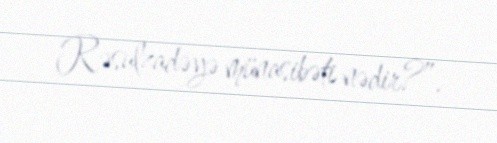
Rəsulzadəyə münasibəti nədir?”.